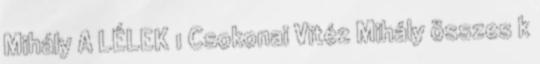
Mihály A LÉLEK 1 Csokonai Vitéz Mihály összes k